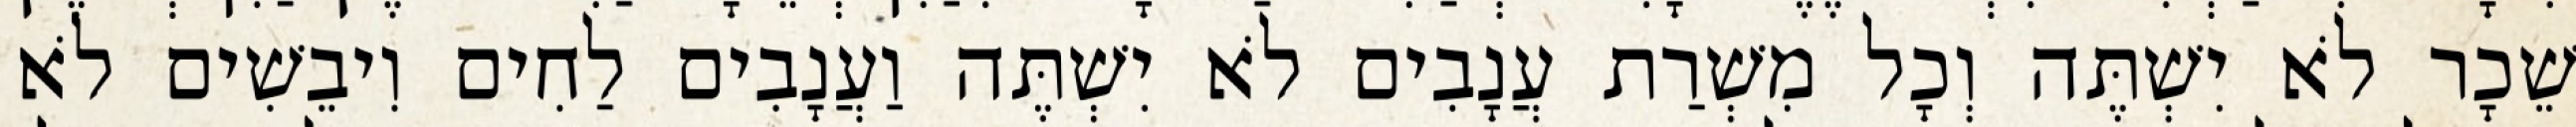
שֵׁכָר לֹא יִשְׁתֶּה וְכָל מִשְׁרַת עֲנָבִים לֹא יִשְׁתֶּה וַעֲנָבִים לַחִים וִיבֵשִׁים לֹא